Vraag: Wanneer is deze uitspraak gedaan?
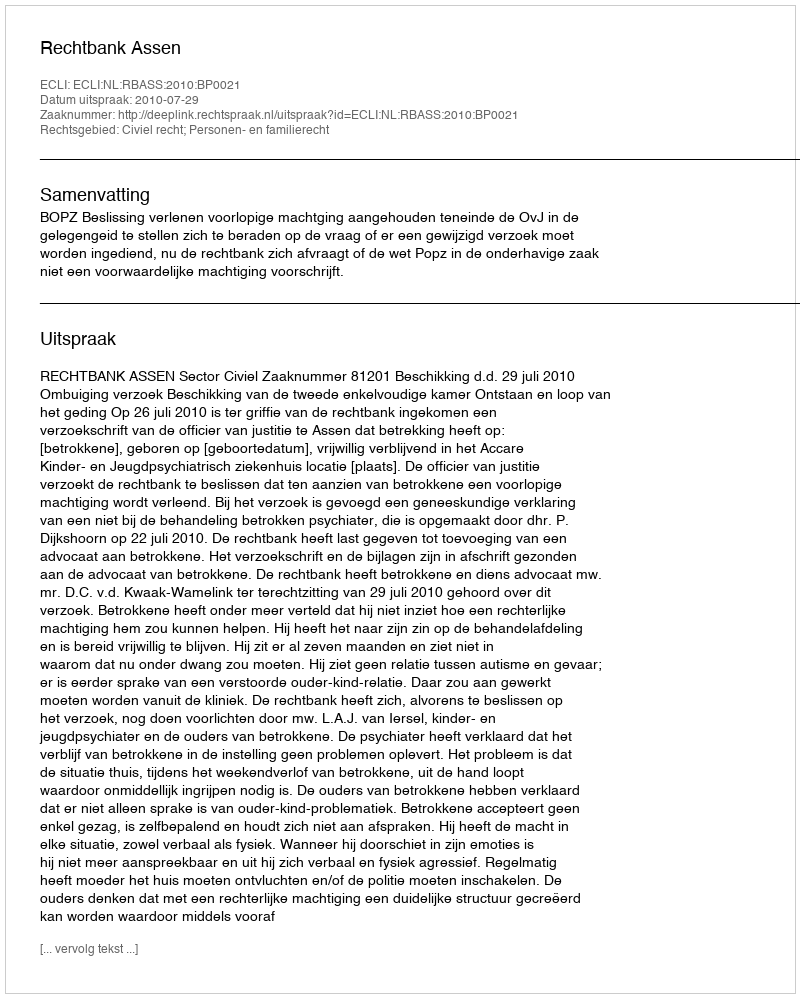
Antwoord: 2010-07-29